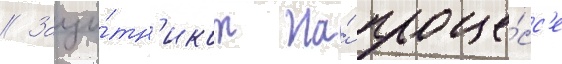
// Защи́тн'иком на́ проце́сс'е